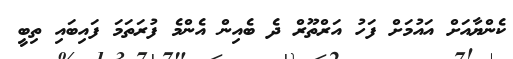
ކެންޔާއަށް އައުމަށް ފަހު އަރްތޫރް ދެ ބެއިން އެންމެ ފުރަތަމަ ފައިބައި ތިބީ